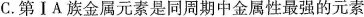
C.第ⅠA族金属元素是同周期中金属性最强的元素